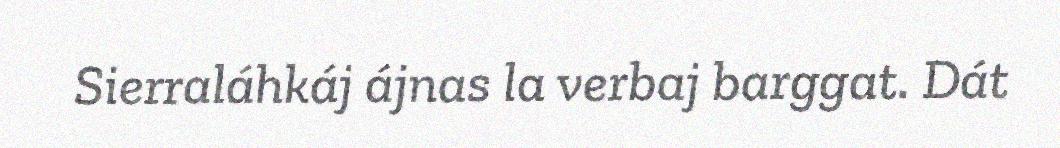
Sierraláhkáj ájnas la verbaj barggat. Dát